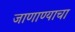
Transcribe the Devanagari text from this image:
जाणाण्याचा